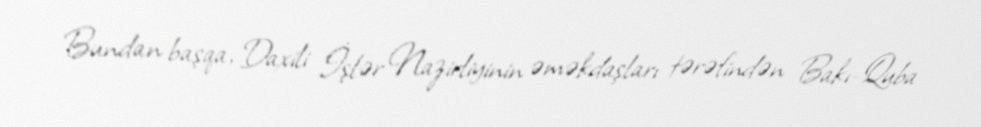
Bundan başqa, Daxili İşlər Nazirliyinin əməkdaşları tərəfindən Bakı-Quba